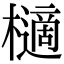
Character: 㰅